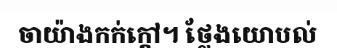
ចាយ៉ាងកក់ក្តៅ។ ថ្លែងយោបល់